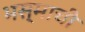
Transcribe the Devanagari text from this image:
भस्माची